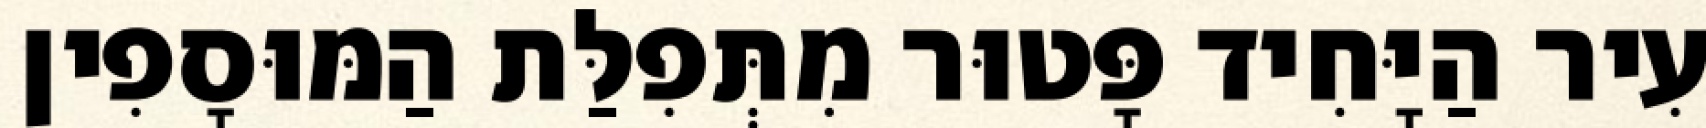
עִיר הַיָּחִיד פָּטוּר מִתְּפִלַּת הַמּוּסָפִין